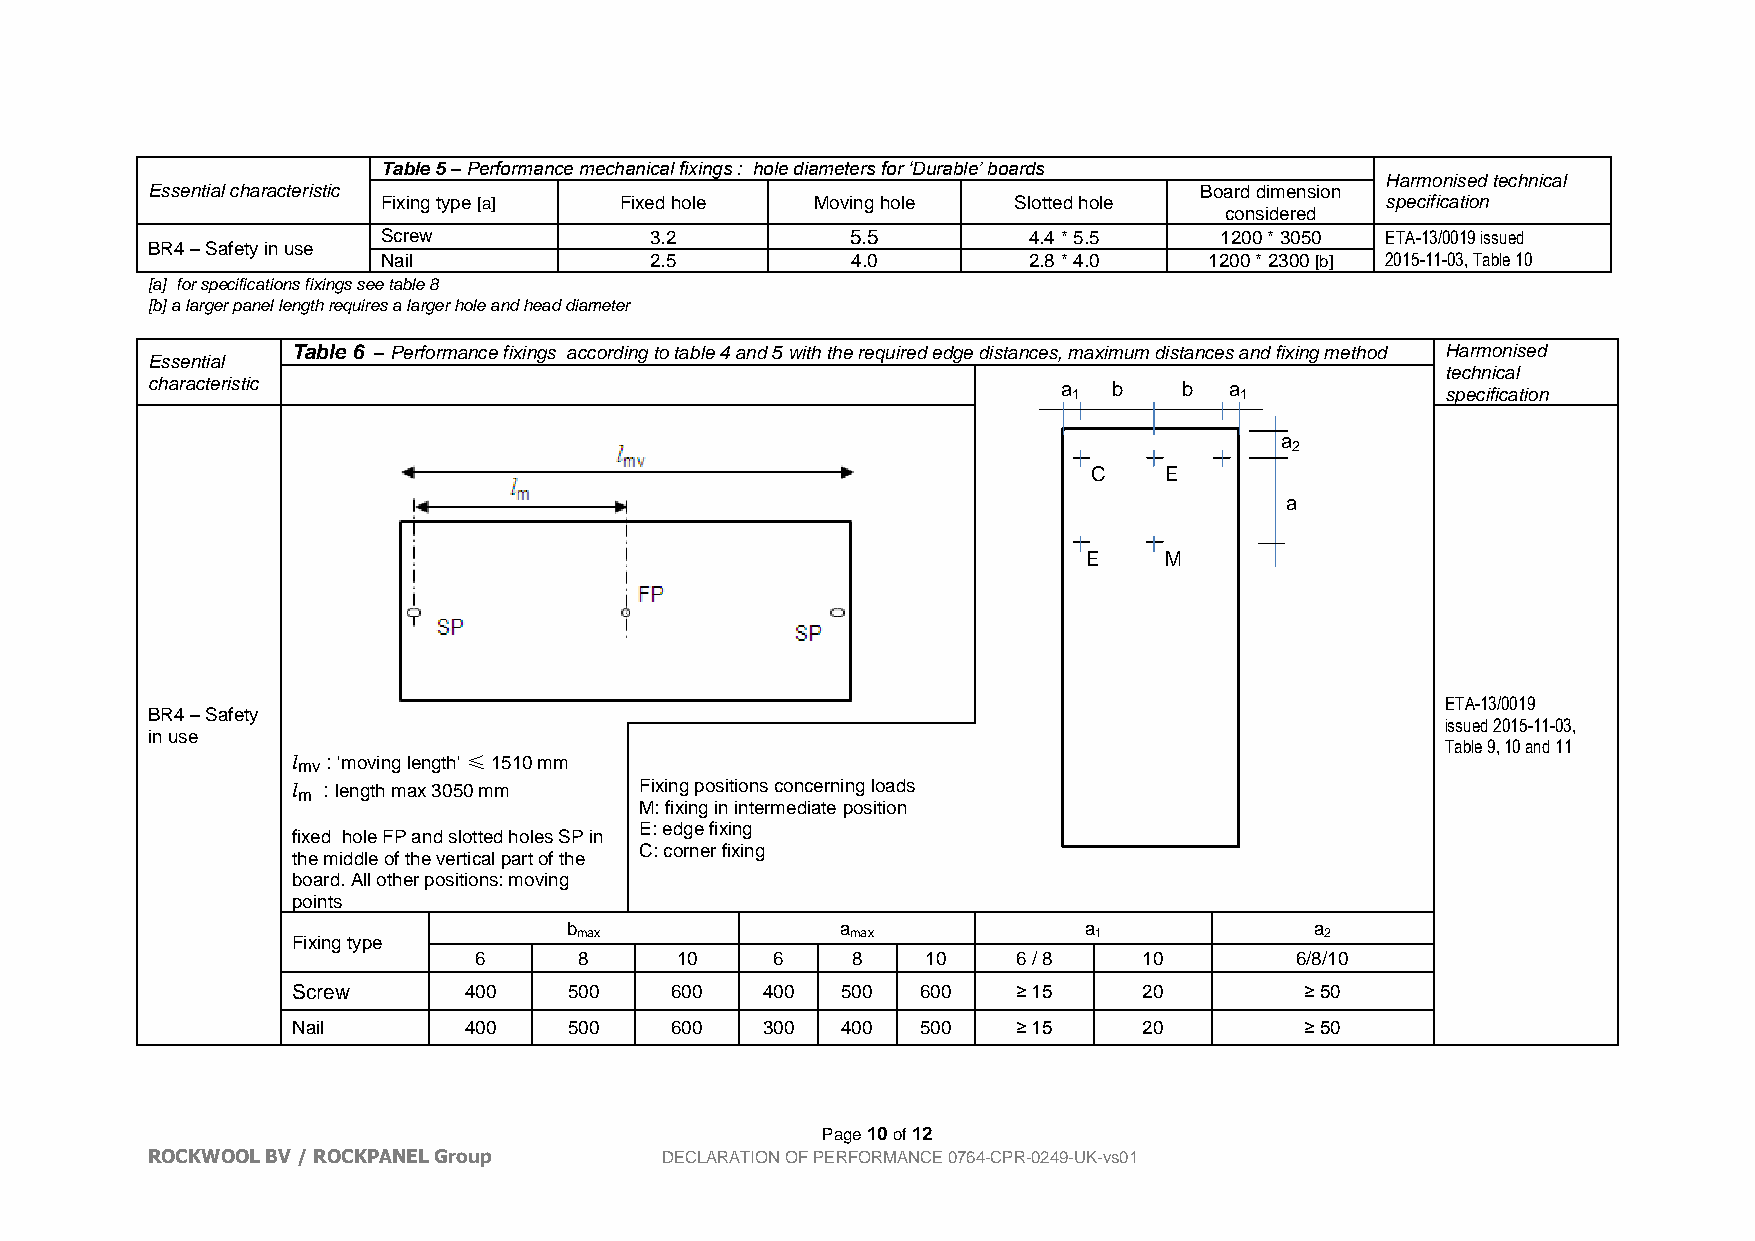
Table 5 – Performance mechanical fixings : hole diameters for ‘Durable’ boards
 Harmonised technical
 Essential characteristic                                             Board dimension
 Fixing type [a] Fixed hole   Moving hole  Slotted hole             specification
 considered
 Screw             3.2          5.5         4.4 * 5.5    1200 * 3050 ETA-13/0019 issued
 BR4 – Safety in use
 Nail              2.5          4.0         2.8 * 4.0   1200 * 2300 [b] 2015-11-03, Table 10
 [a] for specifications fixings see table 8
 [b] a larger panel length requires a larger hole and head diameter
 Table 6 – Performance fixings according to table 4 and 5 with the required edge distances, maximum distances and fixing method Harmonised
 Essential
 technical
 characteristic                                              a 1 b   b  a 1            specification
 a
 2
 C    E
 a
 E    M
 ETA-13/0019
 BR4 – Safety
 issued 2015-11-03,
 in use
 Table 9, 10 and 11
 lmv : 'moving length' ≤ 1510 mm
 lm : length max 3050 mm Fixing positions concerning loads
 M: fixing in intermediate position
 E: edge fixing
 fixed hole FP and slotted holes SP in
 C: corner fixing
 the middle of the vertical part of the
 board. All other positions: moving
 points
 b                  a               a              a
 max               max             1               2
 Fixing type
 6      8      10    6    8    10    6 / 8    10        6/8/10
 Screw       400    500   600   400   500  600   ≥ 15     20        ≥ 50
 Nail        400    500   600   300   400  500   ≥ 15     20        ≥ 50
 Page 10 of 12
 ROCKWOOL BV / ROCKPANEL Group     DECLARATION OF PERFORMANCE 0764-CPR-0249-UK-vs01